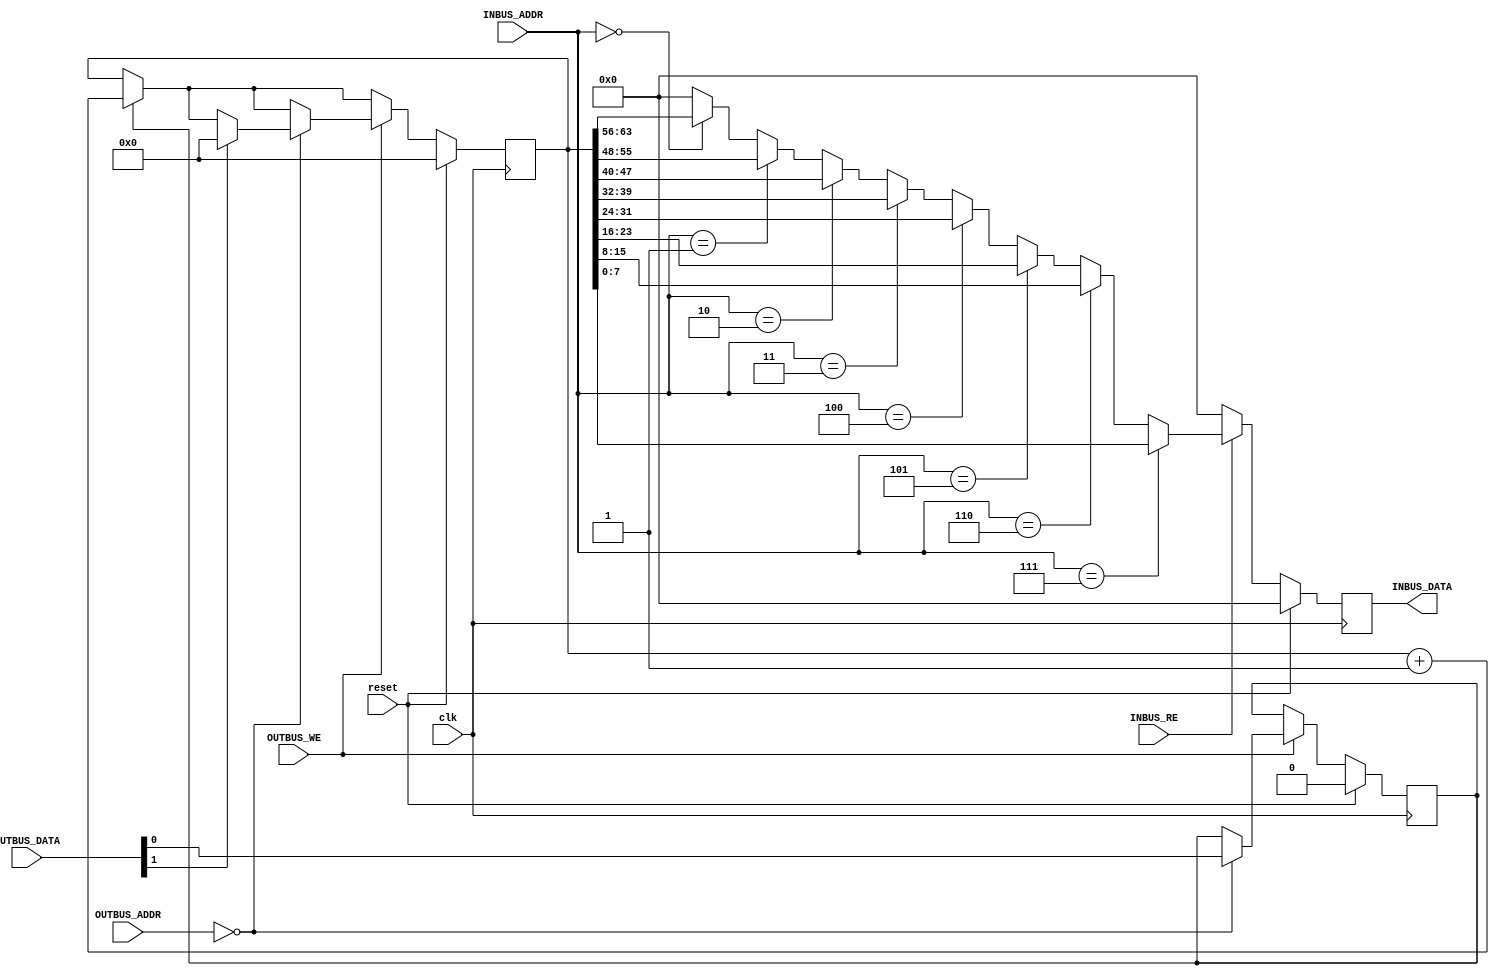
`timescale 1ns / 1ps
///////////////////////////////////////////////////////////////////////////////
// Company: 
// Engineer: 
// 
// Create Date:    
// Design Name: 
// Module Name:    
// Project Name: 
// Target Devices: 
// Tool versions: 
// Description: 
//
// Dependencies: 
//
// Revision: 
// Revision 0.01 - File Created
// Additional Comments: 
//
///////////////////////////////////////////////////////////////////////////////
module cycleCounter
  #( parameter DEVADDR = 0 )
  ( clk, reset,
    OUTBUS_ADDR, OUTBUS_DATA, OUTBUS_WE,
    INBUS_ADDR, INBUS_DATA, INBUS_RE );

   input        clk;
   input        reset;
   input [7:0]  OUTBUS_ADDR;
   input [7:0]  OUTBUS_DATA;
   input        OUTBUS_WE;
   input [7:0]  INBUS_ADDR;
   output [7:0] INBUS_DATA;
   input        INBUS_RE;

   reg [7:0]    INBUS_DATA;

   reg [63:0]   counter;
   reg          counter_enabled;

   always @(posedge clk) begin
      if (reset) begin
         INBUS_DATA <= 0;
         counter_enabled <= 0;
         counter <= 0;
      end else begin
         if (counter_enabled)
           counter <= counter + 1;
         if (OUTBUS_WE) begin
            if (OUTBUS_ADDR == DEVADDR) begin
               counter_enabled <= OUTBUS_DATA[0];
               if (OUTBUS_DATA[1])
                 counter <= 0;
            end
         end
         INBUS_DATA <= 0;
         if (INBUS_RE) begin
            if (INBUS_ADDR == (DEVADDR+0)) begin
               INBUS_DATA <= counter[63:56];
            end
            if (INBUS_ADDR == (DEVADDR+1)) begin
               INBUS_DATA <= counter[55:48];
            end
            if (INBUS_ADDR == (DEVADDR+2)) begin
               INBUS_DATA <= counter[47:40];
            end
            if (INBUS_ADDR == (DEVADDR+3)) begin
               INBUS_DATA <= counter[39:32];
            end
            if (INBUS_ADDR == (DEVADDR+4)) begin
               INBUS_DATA <= counter[31:24];
            end
            if (INBUS_ADDR == (DEVADDR+5)) begin
               INBUS_DATA <= counter[23:16];
            end
            if (INBUS_ADDR == (DEVADDR+6)) begin
               INBUS_DATA <= counter[15: 8];
            end
            if (INBUS_ADDR == (DEVADDR+7)) begin
               INBUS_DATA <= counter[ 7: 0];
            end
         end
      end
   end


endmodule // cycleCounter